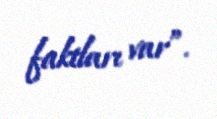
faktları var”.